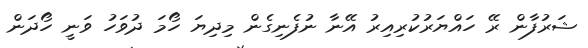
ޝަރުފާން ރޭ ހައްޔަރުކުރިއިރު އޭނާ ނުފެނިގެން މިދިޔަ ހޯމަ ދުވަހު ވަނީ ހޯދަން